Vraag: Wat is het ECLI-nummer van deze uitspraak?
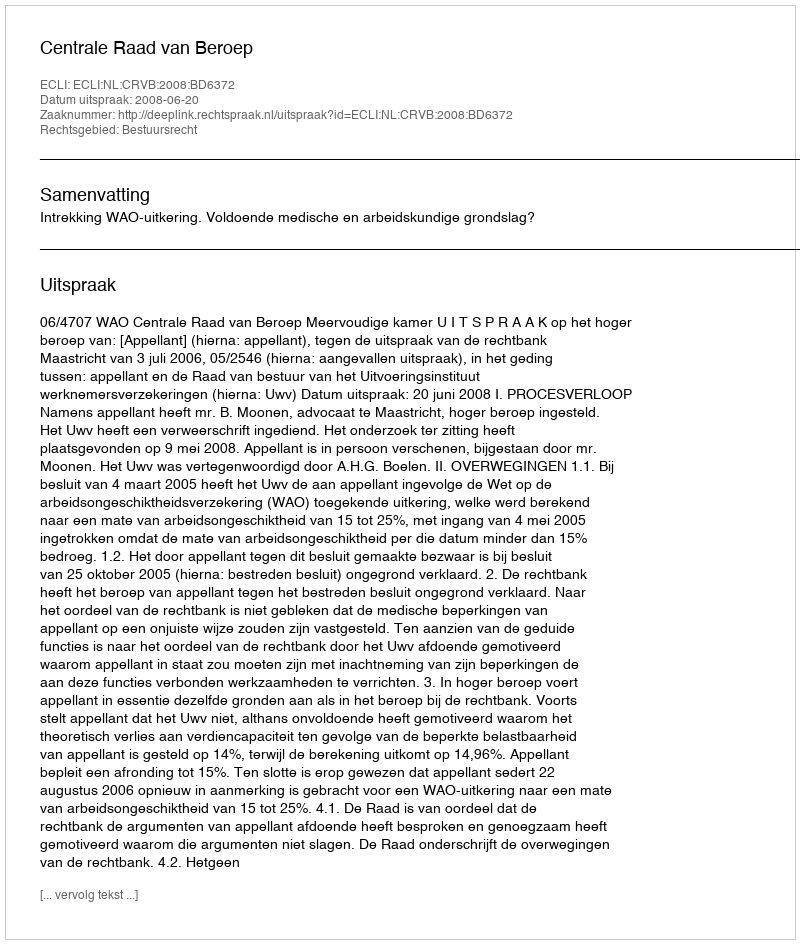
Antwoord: ECLI:NL:CRVB:2008:BD6372